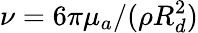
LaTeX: \nu=6\pi\mu_{a}/(\rho R_{d}^{2})